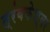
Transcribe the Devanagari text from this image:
त्रंबकेश्वर